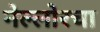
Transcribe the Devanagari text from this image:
नेल्लोरचा